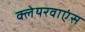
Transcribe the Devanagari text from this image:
क्लेयरवाएंस